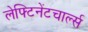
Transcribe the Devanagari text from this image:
लेफ्टिनेंटचार्ल्स